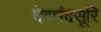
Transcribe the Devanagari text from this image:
देवचंद्रसूरि